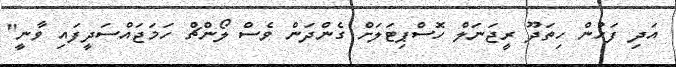
އަދި ފަހުން ހިތަދޫ ރީޖަނަލް ހޮސްޕިޓަލަށް ގެންދަން ވެސް ލޯންޗް ހަމަޖައްސަދީފައި ވާނީ"